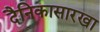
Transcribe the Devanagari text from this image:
दैनिकासारखा